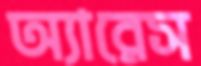
অ্যারেস